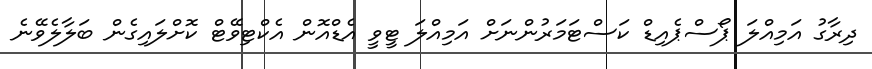
ދިރާގު އަމިއްލަ ޕޯސްޕެއިޑް ކަސްޓަމަރުންނަށް އަމިއްލަ ޓީވީ އެޑްއޮން އެކްޓިވޭޓް ކޮށްލައިގެން ބަލާލެވޭނެ